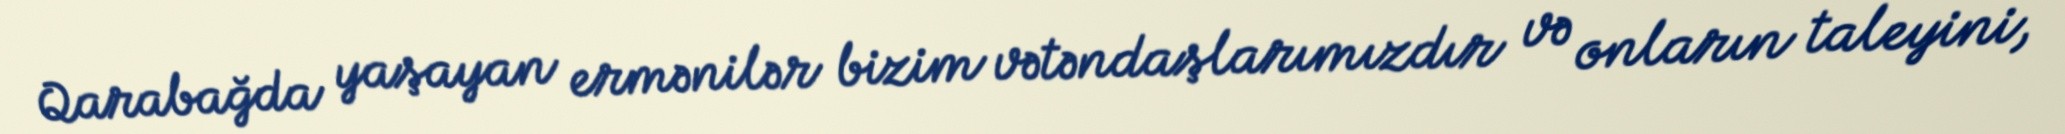
Qarabağda yaşayan ermənilər bizim vətəndaşlarımızdır və onların taleyini,